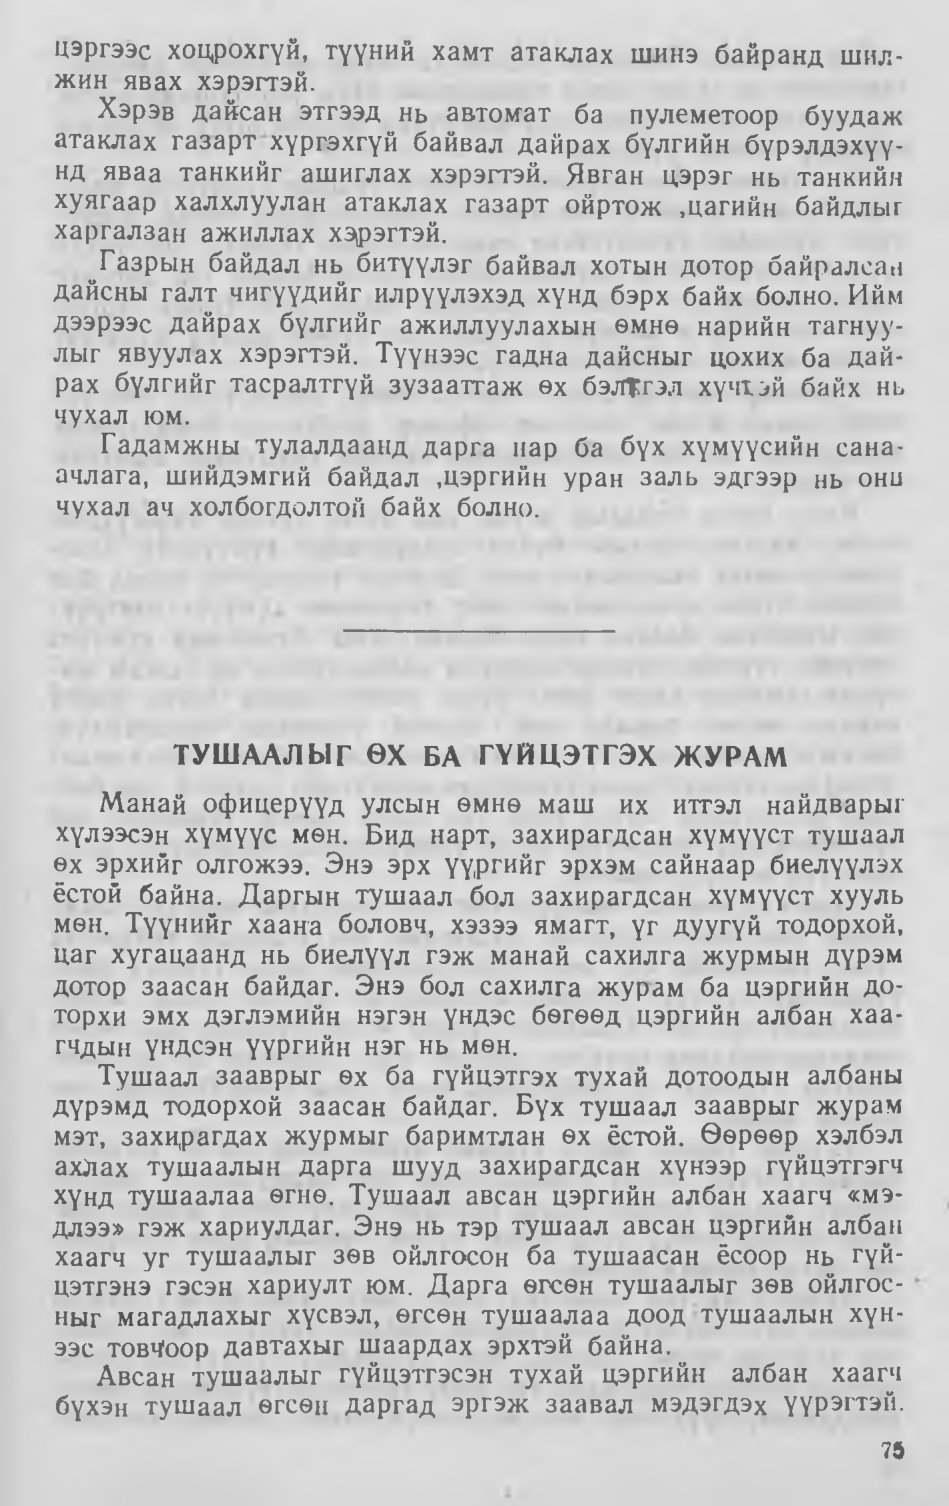
Language: mn